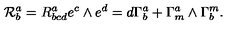
{ \cal R } _ { b } ^ { a } = R _ { b c d } ^ { a } e ^ { c } \wedge e ^ { d } = d \Gamma _ { b } ^ { a } + \Gamma _ { m } ^ { a } \wedge \Gamma _ { b } ^ { m } .